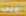
علي